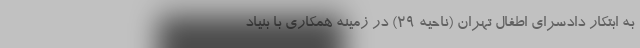
به ابتکار دادسرای اطفال تهران (ناحیه ۲۹) در زمینه همکاری با بنیاد